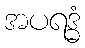
အပရဒ္ဓံ